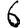
Digit: 6